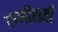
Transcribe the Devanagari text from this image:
राणीसती